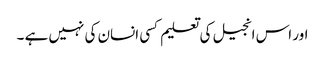
اور اس انجیل کی تعلیم کسی انسان کی نہیں ہے ۔